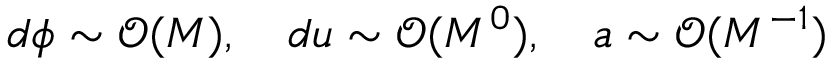
d \phi \sim \mathcal { O } ( M ) , \quad d u \sim \mathcal { O } ( M ^ { 0 } ) , \quad a \sim \mathcal { O } ( M ^ { - 1 } )